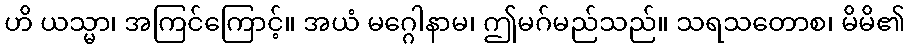
ဟိ ယသ္မာ၊ အကြင်ကြောင့်။ အယံ မဂ္ဂေါနာမ၊ ဤမဂ်မည်သည်။ သရသတောစ၊ မိမိ၏